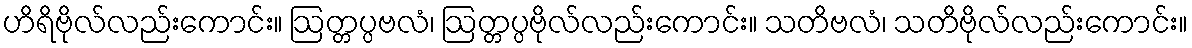
ဟိရိဗိုလ်လည်းကောင်း။ ဩတ္တပ္ပဗလံ၊ ဩတ္တပ္ပဗိုလ်လည်းကောင်း။ သတိဗလံ၊ သတိဗိုလ်လည်းကောင်း။